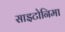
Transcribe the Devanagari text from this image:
साइटोनिमा